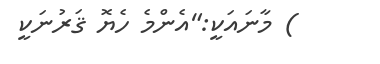
) މާނައަކީ:"އެންމެ ހެޔޮ ޤަރުނަކީ